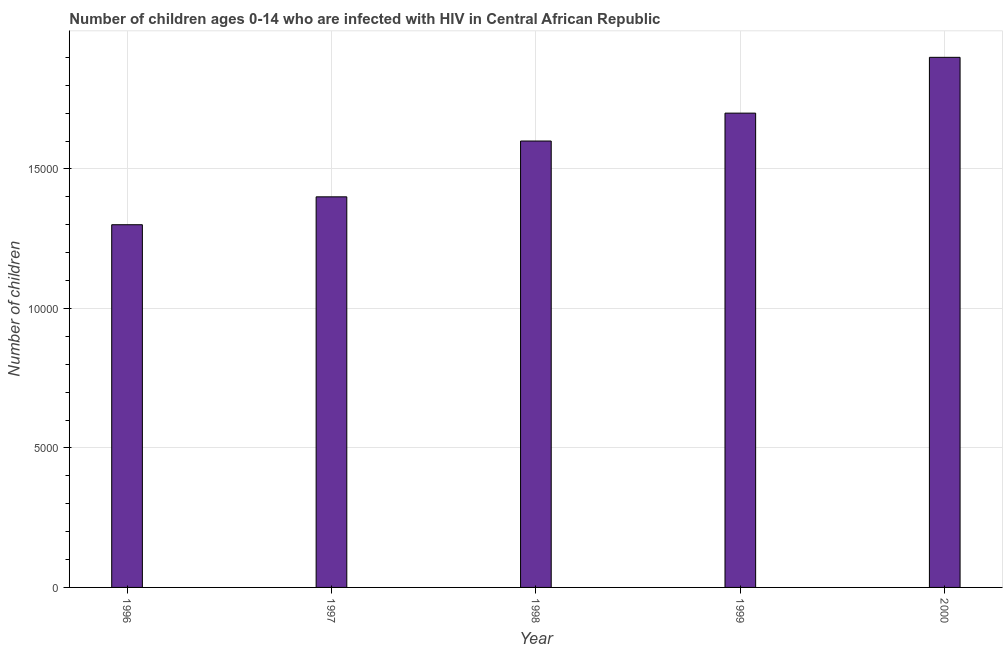
| Year | Children (0-14) living with HIV |
 | --- | --- |
 | 1996 | 1.3e+04 |
 | 1997 | 1.4e+04 |
 | 1998 | 1.6e+04 |
 | 1999 | 1.7e+04 |
 | 2000 | 1.9e+04 |